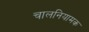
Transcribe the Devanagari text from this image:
चालनियामक